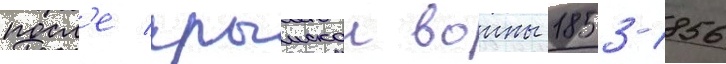
посл'е крымскои воины 1853-1856